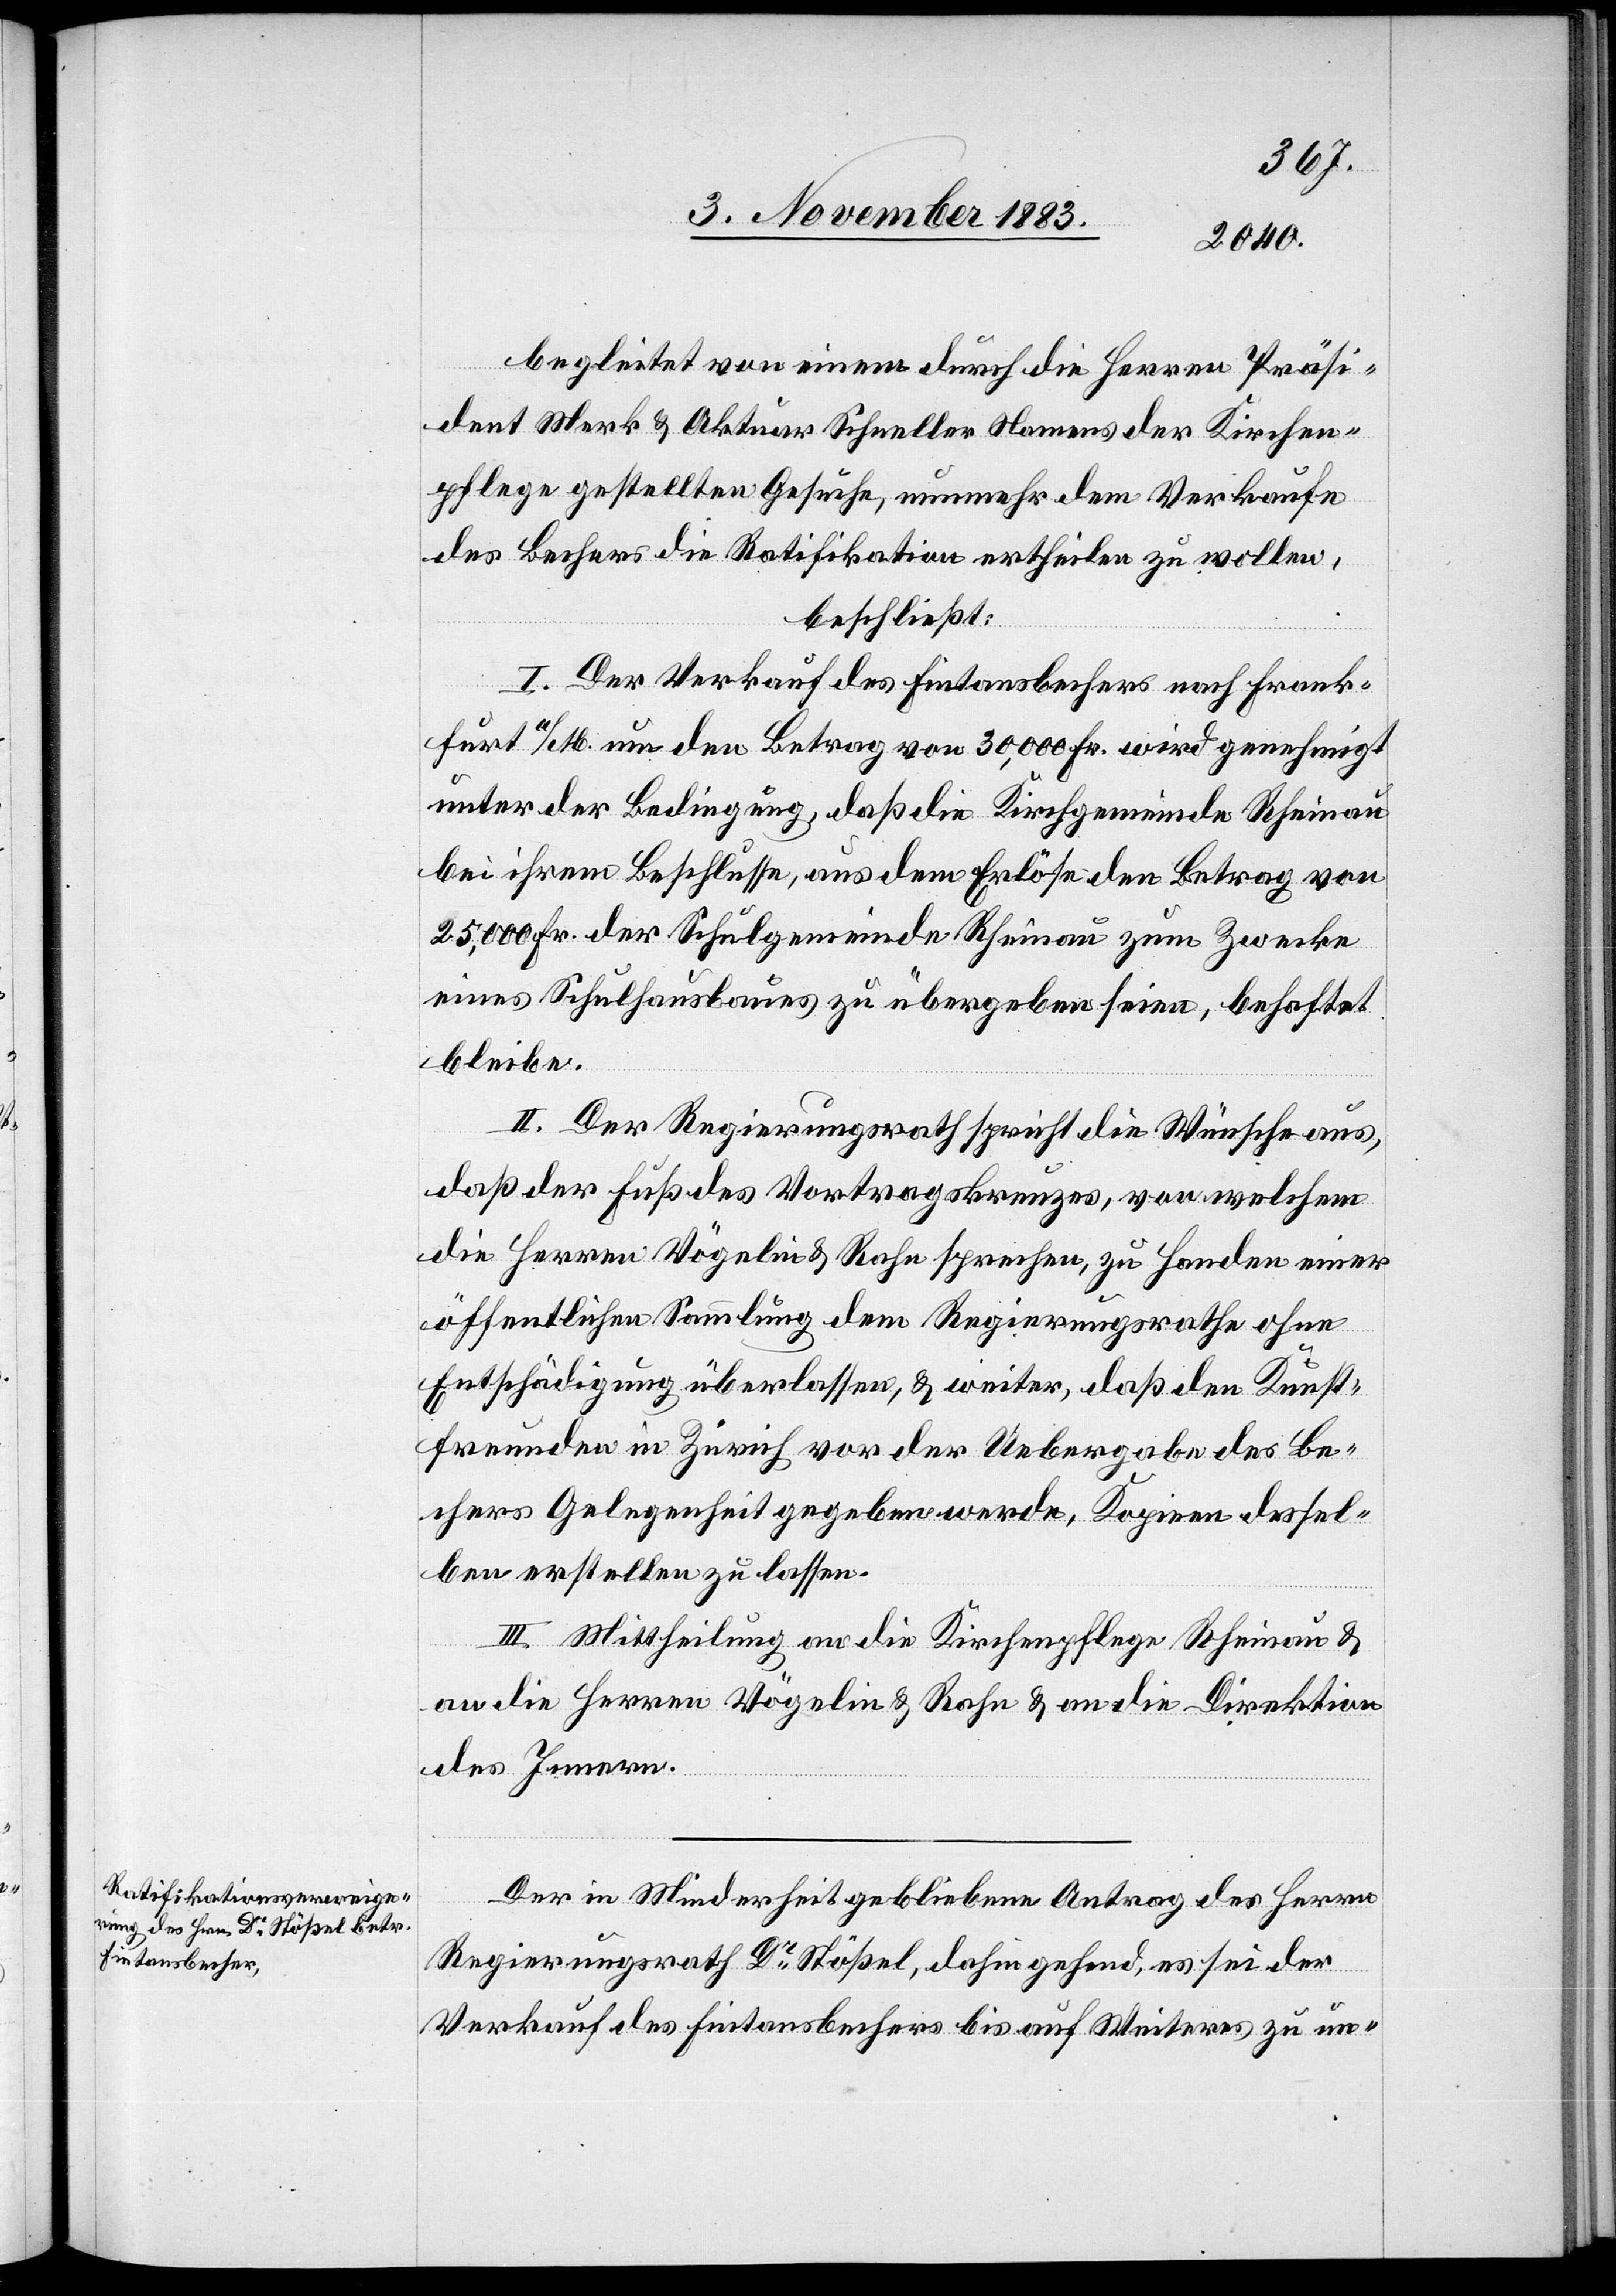
begleitet von einem durch die Herren Präsi¬
dent Merk & Aktuar Schneller Namens der Kirchen¬
pflege gestellten Gesuche, nunmehr dem Verkaufe
des Bechers die Ratifikation ertheilen zu wollen,
beschließt:
I. Der Verkauf des Fintansbechers nach Frank¬
furt a/M. um den Betrag von 30,000 Fr. wird genehmigt
unter der Bedingung, daß die Kirchgemeinde Rheinau
bei ihrem Beschlusse, aus dem Erlöse den Betrag von
25,000 Fr. der Schulgemeinde Rheinau zum Zwecke
eines Schulhausbaues zu übergeben seien, behaftet
bleibe.
II. Der Regierungsrath spricht die Wünsche aus,
daß der Fuß des Vortragskreuzes, von welchem
die Herren Vögelin & Rahn sprechen, zu Handen einer
öffentlichen Sammlung dem Regierungsrathe ohne
Entschädigung überlassen, & weiter, daß den Kunst¬
freunden in Zürich vor der Uebergabe des Be¬
chers Gelegenheit gegeben werde, Kopien dessel¬
ben erstellen zu lassen.
III. Mittheilung an die Kirchenpflege Rheinau &
an die Herren Vögelin & Rahn an die Direktion
des Innern.
Der in Minderheit gebliebene Antrag des Herrn
Regierungsrath Dr Stößel, dahingehend, es sie der
Verkauf des Fintansbechers bis auf Weiteres zu un-